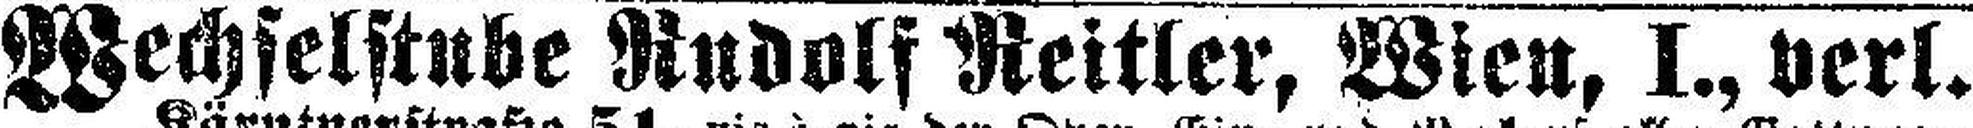
Wechselstube Rudolf Reitler, Wien, I., verl.